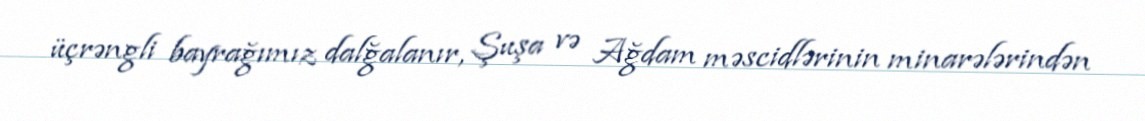
üçrəngli bayrağımız dalğalanır, Şuşa və Ağdam məscidlərinin minarələrindən